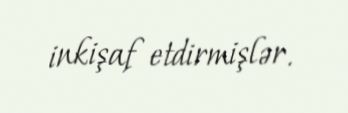
inkişaf etdirmişlər.